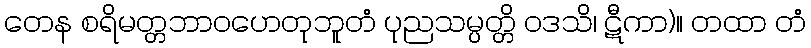
တေန စရိမတ္တဘာဝဟေတုဘူတံ ပုညသမ္ပတ္တိ ဝဒသိ၊ ဋီကာ)။ တထာ တံ